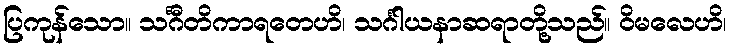
ပြကုန်သော။ သင်္ဂီတိကာရတေဟိ၊ သင်္ဂါယနာဆရာတို့သည်။ ဝိမလေဟိ၊